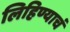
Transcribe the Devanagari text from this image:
लिहिण्याचं